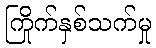
ကြိုက်နှစ်သက်မှု